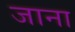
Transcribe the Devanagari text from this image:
जाना